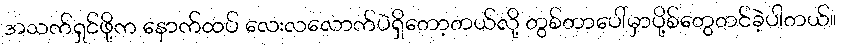
အသက်ရှင်ဖို့က နောက်ထပ် လေးလလောက်ပဲရှိတော့တယ်လို့ တွစ်တာပေါ်မှာပို့စ်တွေတင်ခဲ့ပါတယ်။